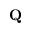
\mathbf Q